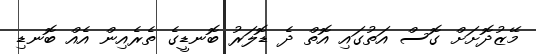
މޭޒުދޮށަށް ގޮސް އަތުގައި އޮތް ދެ ޑޮލަރު ބޮނޑީގެ ތެރެއިން އެއް ބޮނޑި